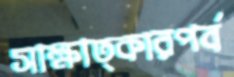
সাক্ষাত্কারপর্ব